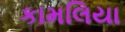
કામલિયા